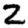
Digit: 2